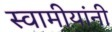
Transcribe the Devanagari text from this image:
स्वामीयांनी